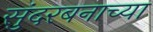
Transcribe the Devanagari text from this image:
सुंदरबनाच्या